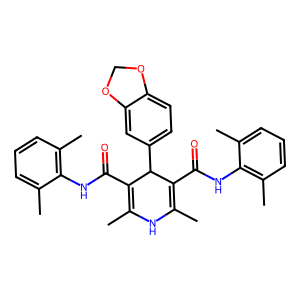
SMILES: CC1=C(C(=O)Nc2c(C)cccc2C)C(c2ccc3c(c2)OCO3)C(C(=O)Nc2c(C)cccc2C)=C(C)N1
Inhibits HIV replication: No